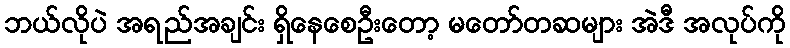
ဘယ်လိုပဲ အရည်အချင်း ရှိနေစေဦးတော့ မတော်တဆများ အဲဒီ အလုပ်ကို